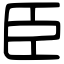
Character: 臣